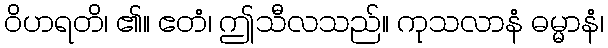
ဝိဟရတိ၊ ၏။ ဧတံ၊ ဤသီလသည်။ ကုသလာနံ ဓမ္မာနံ၊